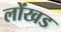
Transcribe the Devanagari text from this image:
लोंखड